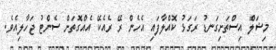
މިޝަލް އިސްތަށިގަނޑު ރަގަޅު ކޮއްލާފައި އެހެން ރޭ ރެއެކޭ އެއްގޮތަށް ސެންޓު ޖަހާލިއެވެ.